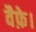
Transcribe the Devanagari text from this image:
वैफ़े।